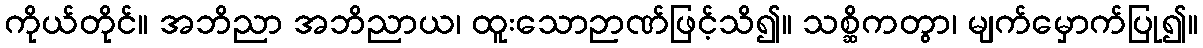
ကိုယ်တိုင်။ အဘိညာ အဘိညာယ၊ ထူးသောဉာဏ်ဖြင့်သိ၍။ သစ္ဆိကတွာ၊ မျက်မှောက်ပြု၍။